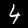
Label: 4